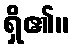
ရှိ၏။